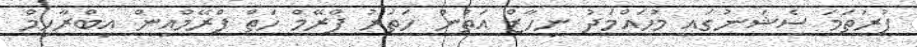
ފުރަތަމަ ސެޝަނުގައި މުހައްމަދު ނިހާޒް އަތުން ހަތަރު ފްރޭމް ހަތް ފްރޭމްއިން އިބްރާހިމް